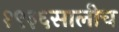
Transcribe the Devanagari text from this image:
१९३६सालीच